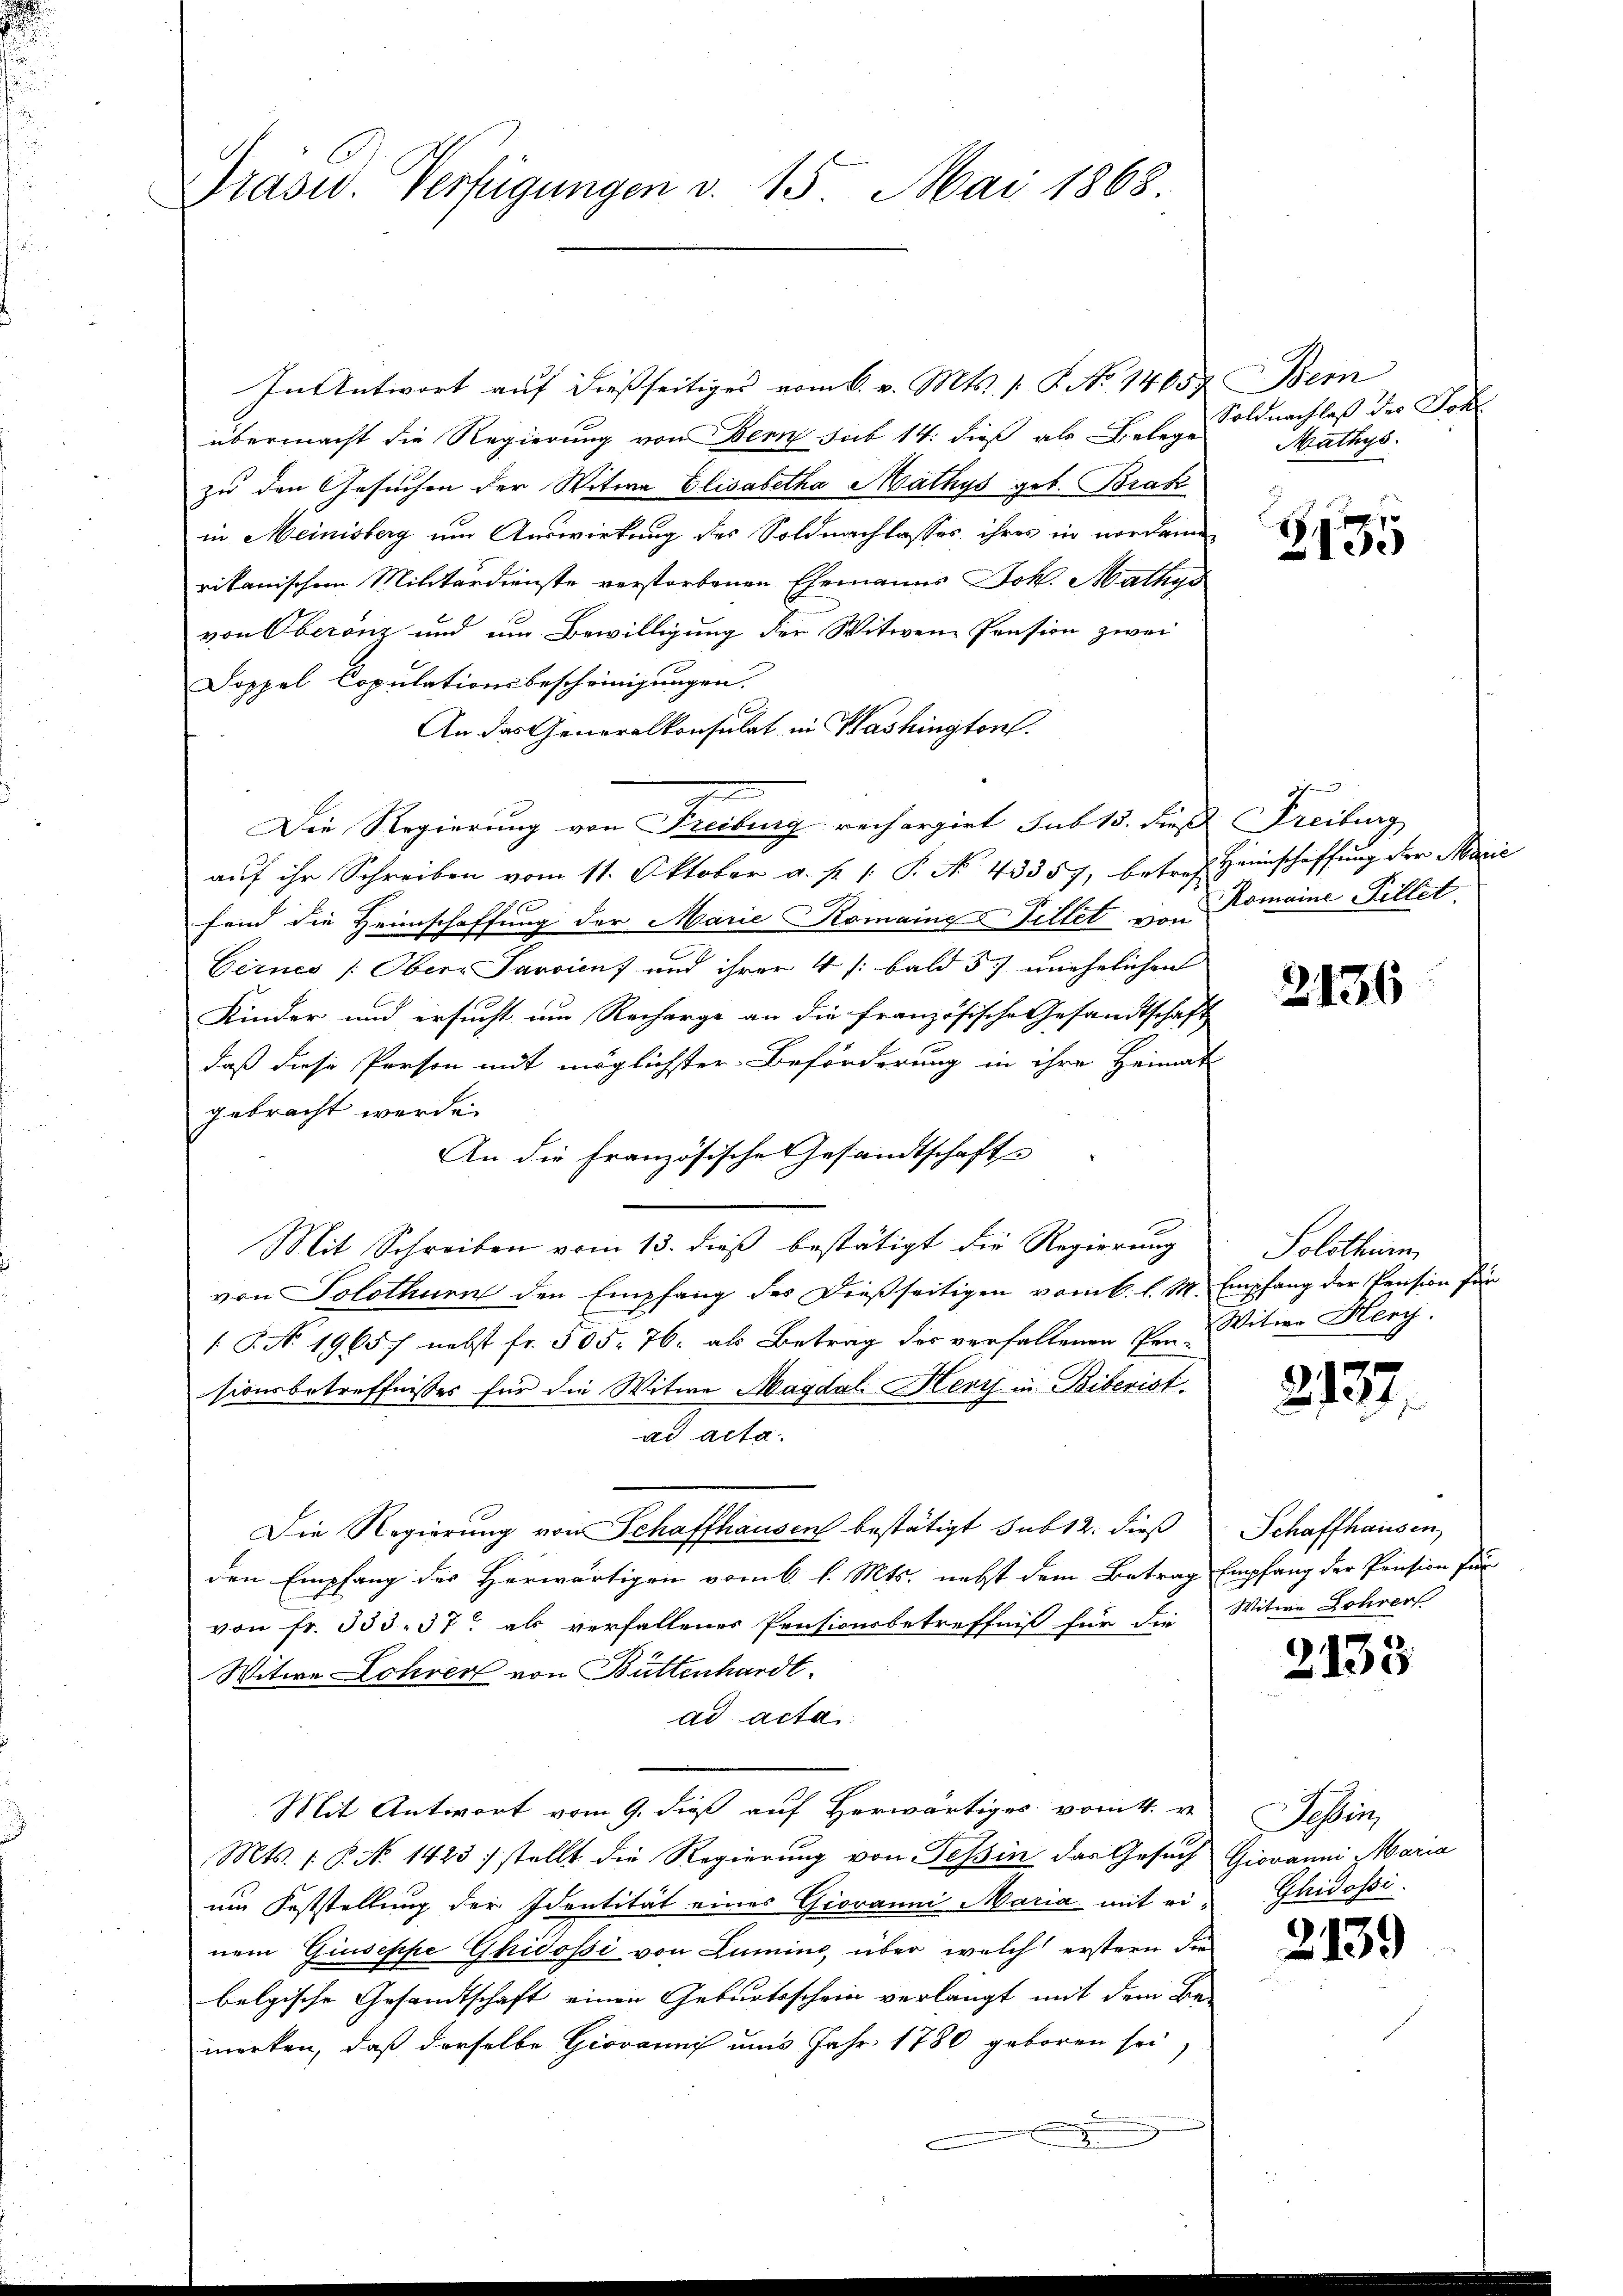
Präsid. Verfügungen v. 15. Mai 1868

In Antwort auf dießseitiges vom 6. v. Mts. s. S. No 14657 Bem
übermacht die Regierung von Bern sub 14. dieß als Belege
zu den Gesuchen der Witwe Elisabetha Mathys geb. Brak
in Meinisteg um Auswirkung des Soldnachlasses ihres in nordamen
rikanischen Militärdienste verstorbenen Ehemanns Joh. Mathys
von Oberanz und um Bewilligung der Witwen Pension zwei
Doppel Copulationsbescheinigungen.
An das Generalkonsulat in Washingtonf.
Die Regierung von Freiburg rechargirt sub 15. dieß Freiburg
auf ihr Schreiben vom 11. Oktober a. p. 1. P. No. 43357, betref Heimschaffung der Marie
fend die Heimschaffung der Marie Komaine Tillet von Domaine Pillet
Cernes /: Oberr Paroient und ihrer 4 /: bald 5) unehelichen |
Kinder und ersucht um Recharge an die französische Gesandtschaft
daß diese Person mit möglichster Beförderung in ihre Heimat
gebracht werde
An die Französische Gesandtschaft
Mit Schreiben vom 13. dieß bestätigt die Regierung
von Solothurn den Empfang des dießseitigen vom k. k. M. Empfang der Pension für
1 S. N. 1965) nebst fr. 505. 76, als Betrag des verfallenen Pen-Witwe Hery.
sionsbetreffnisses für die Witwe Magdal. Herz in Biberist
ad acta.
Die Regierung von Schaffhausen bestätigt sub 12. dieß
den Empfang des Herwärtigen vom 6. l. Mts. nebst dem Betrag Empfang der Pension für
von fr. 333. 37 als verfallenes Pensionsbetreffniß für die Witwe Lohrer
Witwe Lohrer von Büttenhardt.
ad acta
Mit Antwort vom 9. dieß auf Herwärtiges vom 4. v.
Mts. 1. P. No 1423) stellt die Regierung von Tessin das Gesuch Giovanni Maria
um Feststellung der Identität eines Giovanni Maria mit ei-Glidossi
nem Giuseppe Ghidossi von Lumine, über welch erstern die
belgische Gesandtschaft einen Geburtsschein verlangt mit dem Be-
merken, daß derselbe Giovanni uns Jahr 1780 geboren sei,

Soldnachlaß des Joh
Mathys.

Z.195

2136

Solothurn

2137.

Schaffhausen

2133

Schei

2139